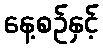
နေ့စဉ်နှင့်